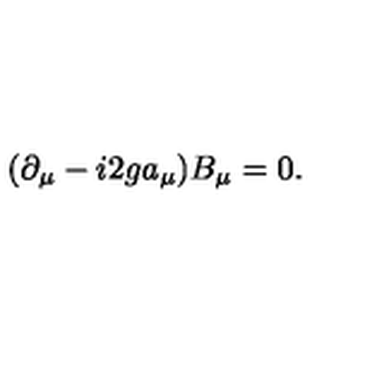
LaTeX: ( \partial _ { \mu } - i 2 g a _ { \mu } ) B _ { \mu } = 0 .